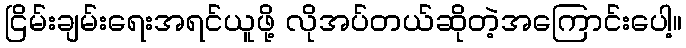
ငြိမ်းချမ်းရေးအရင်ယူဖို့ လိုအပ်တယ်ဆိုတဲ့အကြောင်းပေါ့။